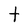
Character: t